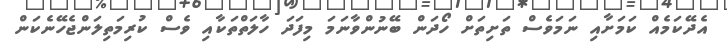
އެދޭކަމެއް ކަމަށާއި ނަމަވެސް ތަށިތަށް ހޯދަން ބޭނުންވާނަމަ މިފަދަ ހާލަތްތަކާއި ވެސް ކުރިމަތިލަންޖެހޭނެކަން